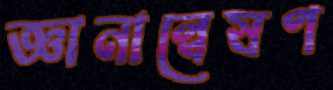
জ্ঞানান্বেষণ